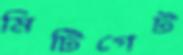
মিটিগেট